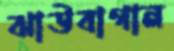
ঝাউবাগান